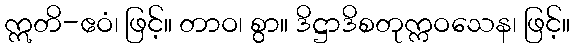
ဣတိ-ဧဝံ၊ ဖြင့်။ တာဝ၊ စွာ။ ဒိဋ္ဌာဒိစတုက္ကဝသေန၊ ဖြင့်။